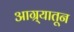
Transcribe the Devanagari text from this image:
आग्र्यातून